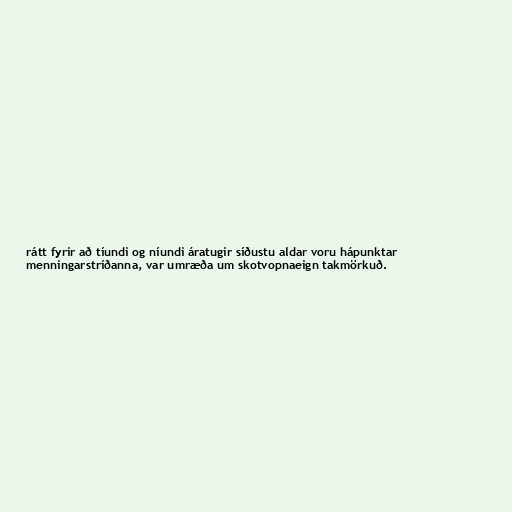
rátt fyrir að tíundi og níundi áratugir síðustu aldar voru hápunktar
menningarstríðanna, var umræða um skotvopnaeign takmörkuð.